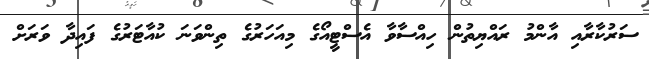
ސަރުކާރާއި އާންމު ރައްޔިތުން ހިއްސާވާ އެސްޓީއޯގެ މިއަަހަރުގެ ތިންވަަނަ ކުއާޓަރުގެ ފައިދާ ވަރަށް